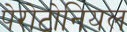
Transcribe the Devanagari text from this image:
पेरोटोनियल